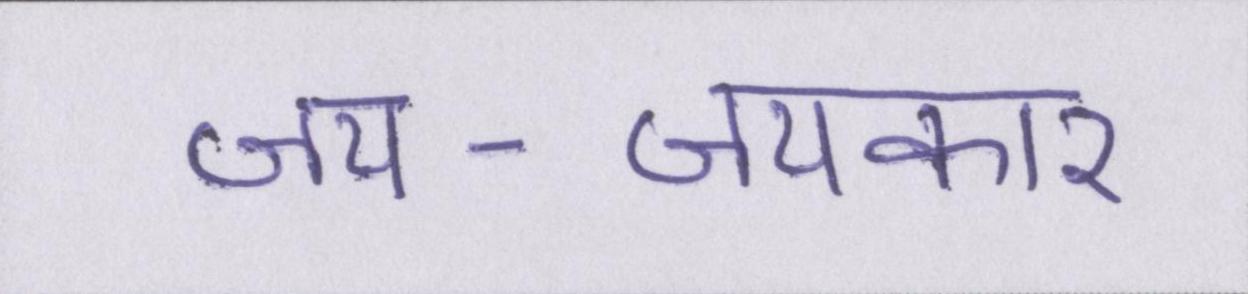
जय-जयकार